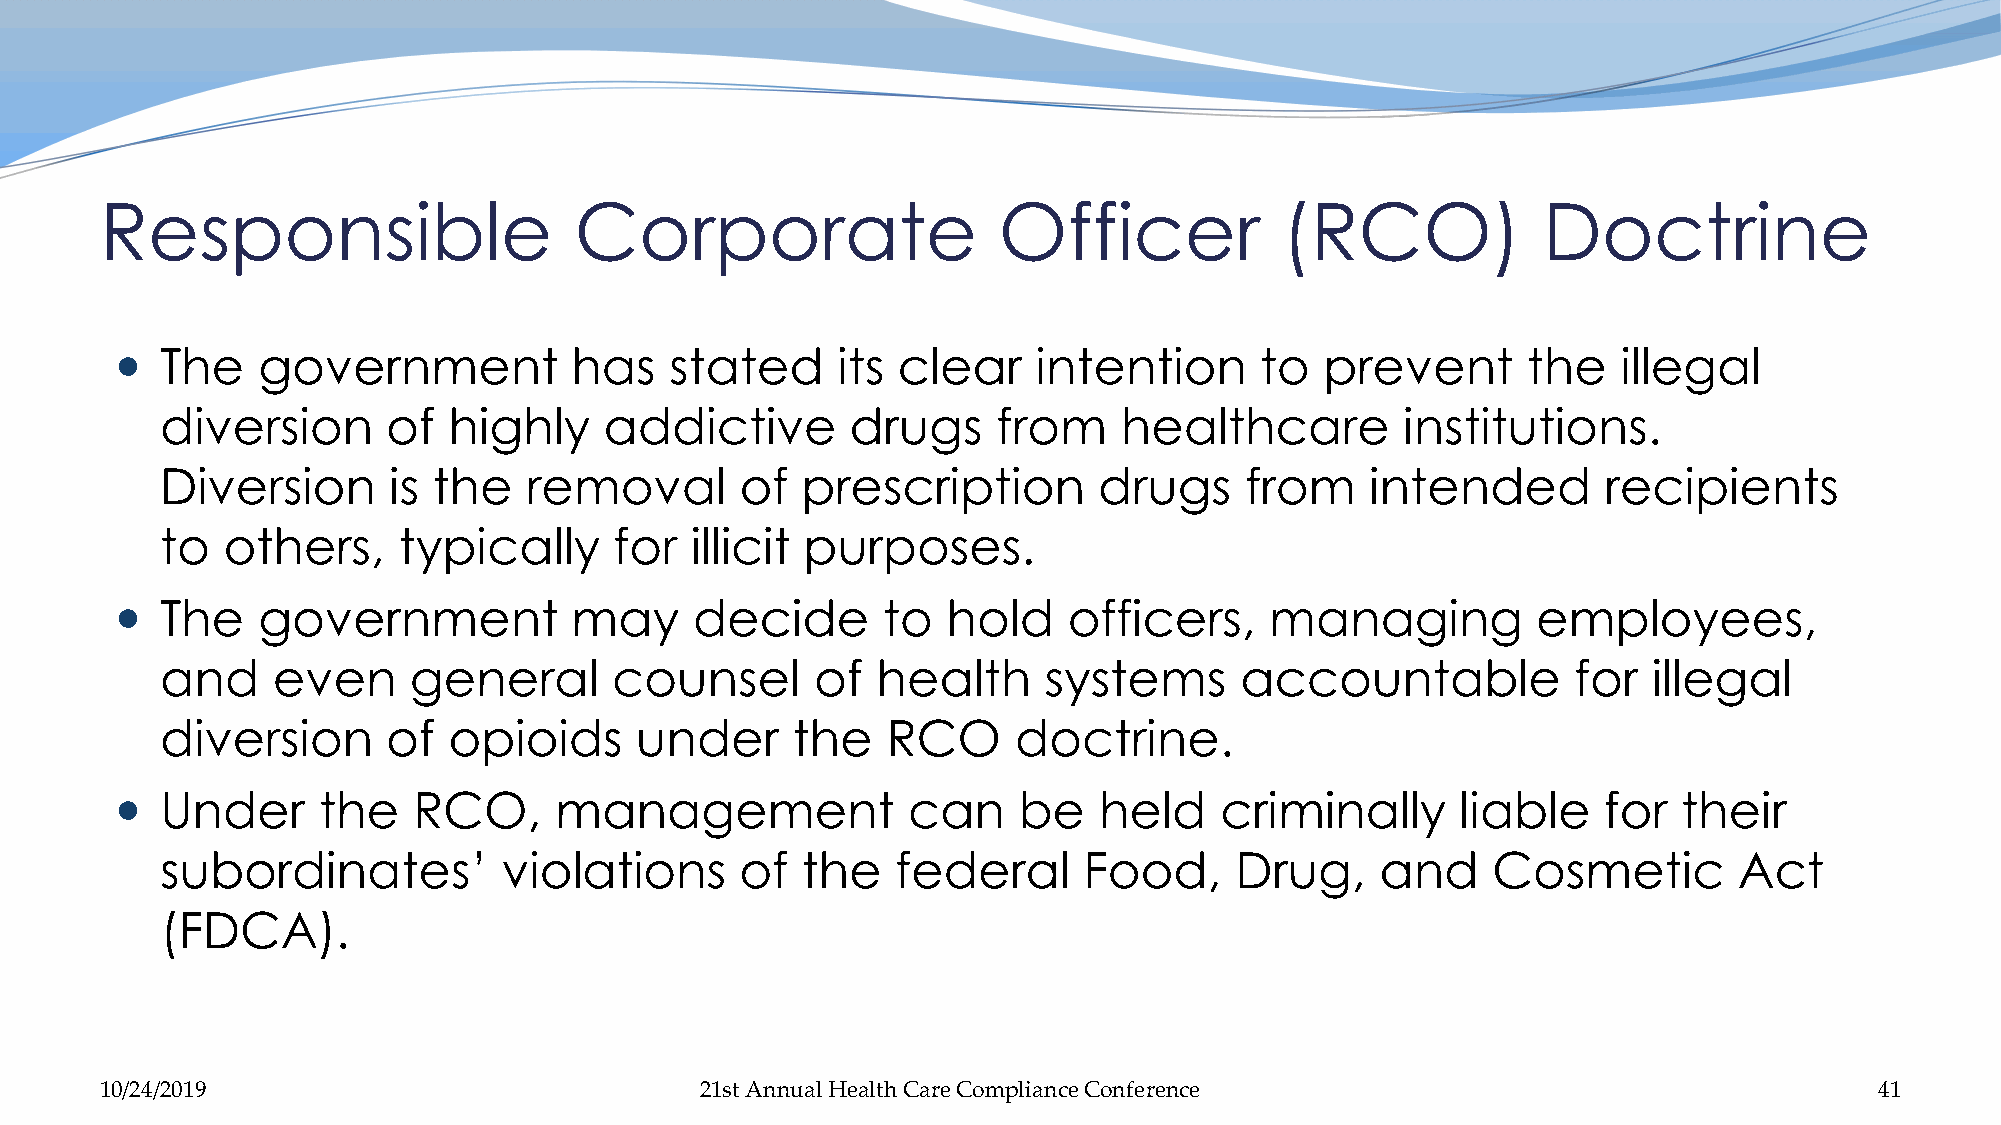
Responsible                    Corporate                   Officer            (RCO)            Doctrine
   The   government           has   stated     its clear     intention     to   prevent      the   illegal
 diversion      of  highly    addictive       drugs     from    healthcare         institutions.
 Diversion      is the   removal       of  prescription        drugs    from     intended       recipients
 to  others,    typically      for  illicit purposes.
   The   government           may     decide      to   hold    officers,    managing          employees,
 and    even     general       counsel      of  health     systems      accountable           for  illegal
 diversion      of  opioids     under     the    RCO     doctrine.
   Under     the   RCO,      management             can    be    held    criminally      liable   for  their
 subordinates’         violations      of  the   federal      Food,     Drug,    and     Cosmetic        Act
 (FDCA).
 10/24/2019                             21st Annual Health Care Compliance Conference                                 41